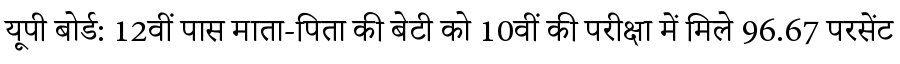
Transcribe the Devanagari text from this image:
यूपी बोर्ड: 12वीं पास माता-पिता की बेटी को 10वीं की परीक्षा में मिले 96.67 परसेंट